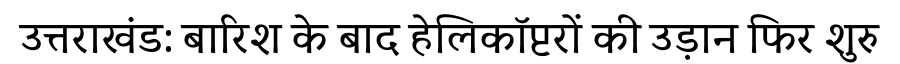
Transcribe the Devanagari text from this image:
उत्तराखंड: बारिश के बाद हेलिकॉप्टरों की उड़ान फिर शुरु